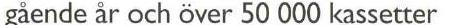
gående år och över 50 000 kassetter